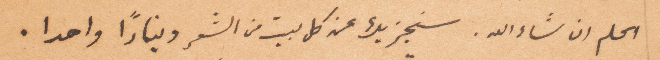
اعلم ان شاء الله. سنجزيك عن كل بيت من الشعر دينارًا واحدًا.